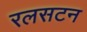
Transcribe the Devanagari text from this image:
रलसटन